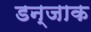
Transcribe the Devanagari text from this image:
डन्जाक